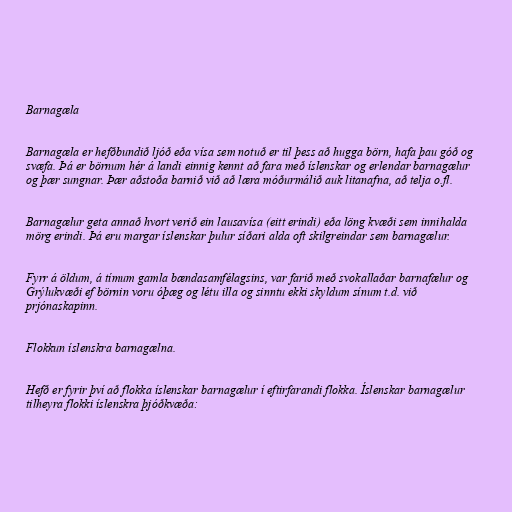
Barnagæla

Barnagæla er hefðbundið ljóð eða vísa sem notuð er til þess að hugga börn, hafa þau góð og
svæfa. Þá er börnum hér á landi einnig kennt að fara með íslenskar og erlendar barnagælur
og þær sungnar. Þær aðstoða barnið við að læra móðurmálið auk litanafna, að telja o.fl.

Barnagælur geta annað hvort verið ein lausavísa (eitt erindi) eða löng kvæði sem innihalda
mörg erindi. Þá eru margar íslenskar þulur síðari alda oft skilgreindar sem barnagælur.

Fyrr á öldum, á tímum gamla bændasamfélagsins, var farið með svokallaðar barnafælur og
Grýlukvæði ef börnin voru óþæg og létu illa og sinntu ekki skyldum sínum t.d. við
prjónaskapinn.

Flokkun íslenskra barnagælna.

Hefð er fyrir því að flokka íslenskar barnagælur í eftirfarandi flokka. Íslenskar barnagælur
tilheyra flokki íslenskra þjóðkvæða: